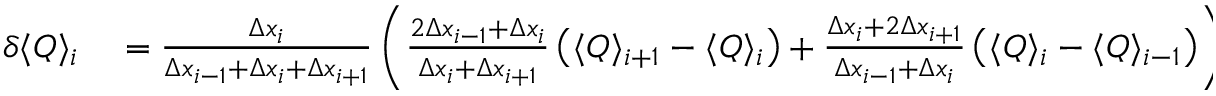
\begin{array} { r l } { \delta \langle Q \rangle _ { i } } & { { } = \frac { \Delta x _ { i } } { \Delta x _ { i - 1 } + \Delta x _ { i } + \Delta x _ { i + 1 } } \left( \frac { 2 \Delta x _ { i - 1 } + \Delta x _ { i } } { \Delta x _ { i } + \Delta x _ { i + 1 } } \left( \langle Q \rangle _ { i + 1 } - \langle Q \rangle _ { i } \right) + \frac { \Delta x _ { i } + 2 \Delta x _ { i + 1 } } { \Delta x _ { i - 1 } + \Delta x _ { i } } \left( \langle Q \rangle _ { i } - \langle Q \rangle _ { i - 1 } \right) \right) } \end{array}